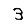
Digit: 3